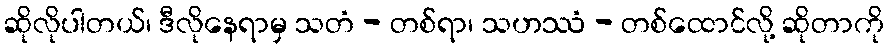
ဆိုလိုပါတယ်၊ ဒီလိုနေရာမှ သတံ - တစ်ရာ၊ သဟဿံ - တစ်ထောင်လို့ ဆိုတာကို